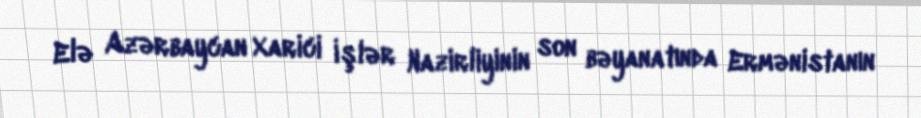
Elə Azərbaycan Xarici İşlər Nazirliyinin son bəyanatında Ermənistanın